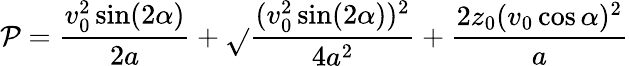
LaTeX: \mathcal{P}=\frac{{v_{0}^{2}\sin(2\alpha)}}{{2a}}+\sqrt{}{{\frac{{(v_{0}^{2}\sin(2\alpha))^{2}}}{{4a^{2}}}+\frac{{2z_{0}(v_{0}\cos\alpha)^{2}}}{{a}}}}